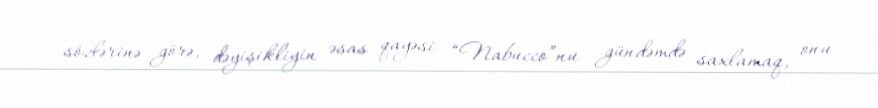
sözlərinə görə, dəyişikliyin əsas qayəsi “Nabucco”nu gündəmdə saxlamaq, onu